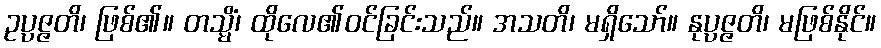
ဥပ္ပဇ္ဇတိ၊ ဖြစ်၏။ တသ္မိံ၊ ထိုလေ၏ဝင်ခြင်းသည်။ အသတိ၊ မရှိသော်။ နုပ္ပဇ္ဇတိ၊ မဖြစ်နိုင်။